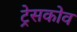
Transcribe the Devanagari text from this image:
ट्रेसकोव